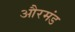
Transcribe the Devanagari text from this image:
औरमंड